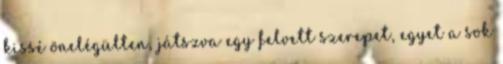
kissé önelégülten, játszva egy felvett szerepet, egyet a sok